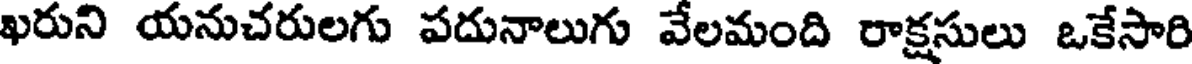
ఖరుని యనుచరులగు పదునాలుగు వేలమంది రాక్షసులు ఒకేసారి